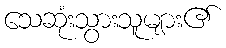
သေဆုံးသွားသူများ၏